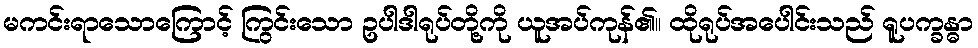
မကင်းရာသောကြောင့် ကြွင်းသော ဥပါဒါရုပ်တို့ကို ယူအပ်ကုန်၏။ ထိုရုပ်အပေါင်းသည် ရူပက္ခန္ဓာ